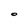
Character: O